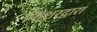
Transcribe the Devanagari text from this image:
फिशरद्वारा